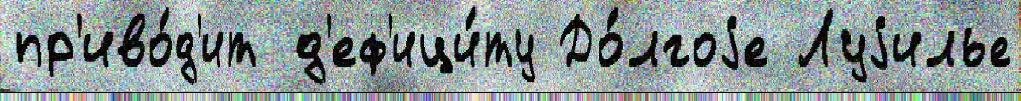
пр'иво́д'ит д'еф'ици́ту До́лгоjе Луjилье